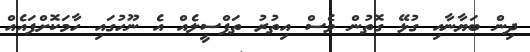
ދިން ބަޔާނާއި ގުޅޭ ގޮތުން ވެސް އިތުރު ތަފްސީލެއް އެ ނޫހުގައި ހާމަކޮށްފައެއް